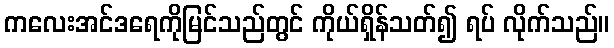
ကလေးအင်ဒရေကိုမြင်သည်တွင် ကိုယ်ရှိန်သတ်၍ ရပ် လိုက်သည်။